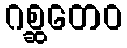
ဂစ္ဆတေဝ